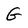
Character: G